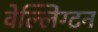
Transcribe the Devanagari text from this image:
वेल्लिंग्टन